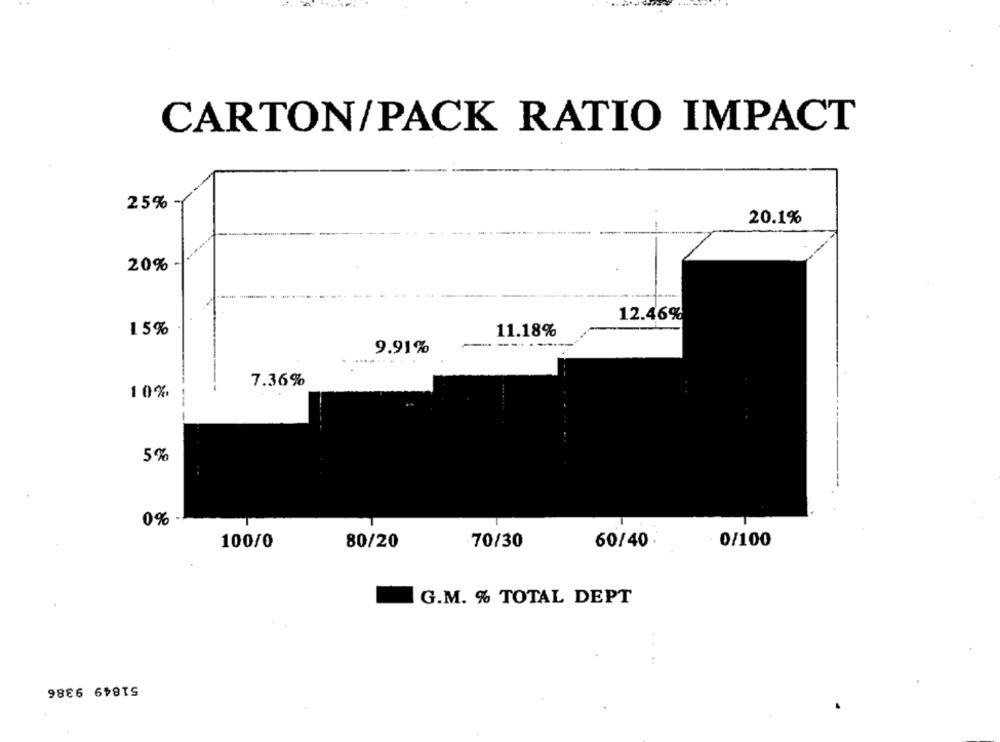
CARTON/PACK RATIO IMPACT
25%
20.1%
20%
12.46%
15%
11.18%
9.91%
--.
........
7.36%
10%
5%
0% -
100/0
80/20
70/30
60/40
0/100
G.M. % TOTAL DEPT
51849 9386